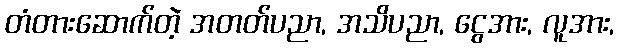
တံတားဆောက်တဲ့ အတတ်ပညာ, အသိပညာ, ငွေအား, လူအား,